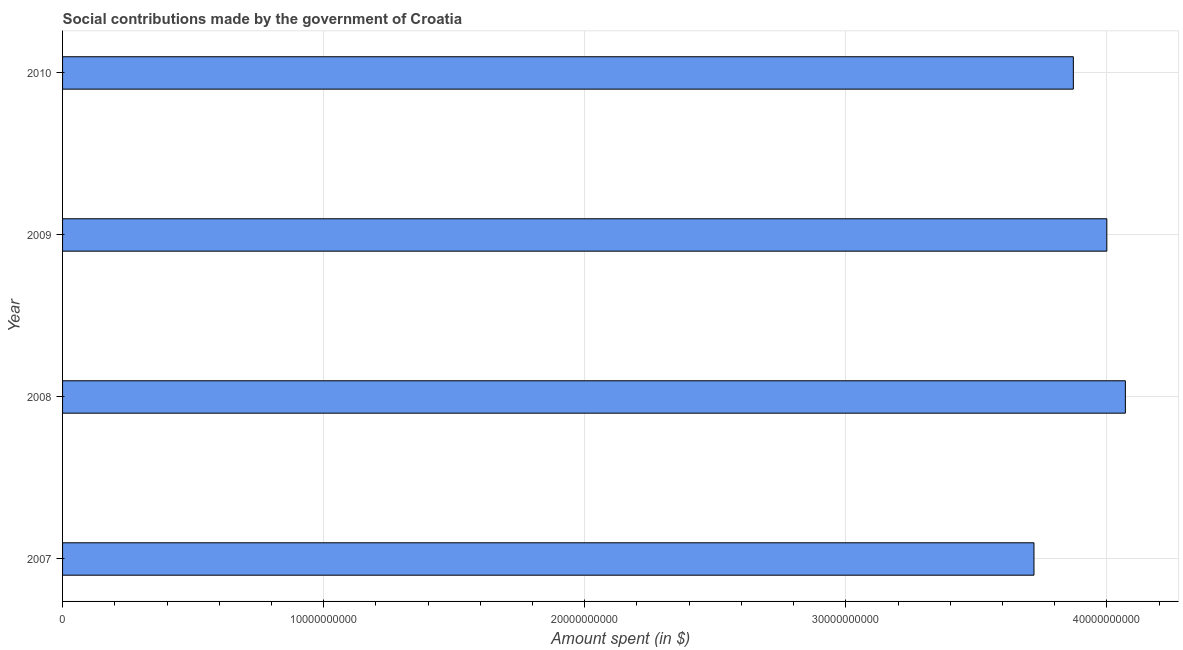
| Year | Social contributions |
 | --- | --- |
 | 2007 | 3.72e+10 |
 | 2008 | 4.07e+10 |
 | 2009 | 4e+10 |
 | 2010 | 3.87e+10 |